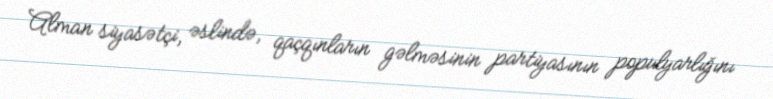
Alman siyasətçi, əslində, qaçqınların gəlməsinin partiyasının populyarlığını